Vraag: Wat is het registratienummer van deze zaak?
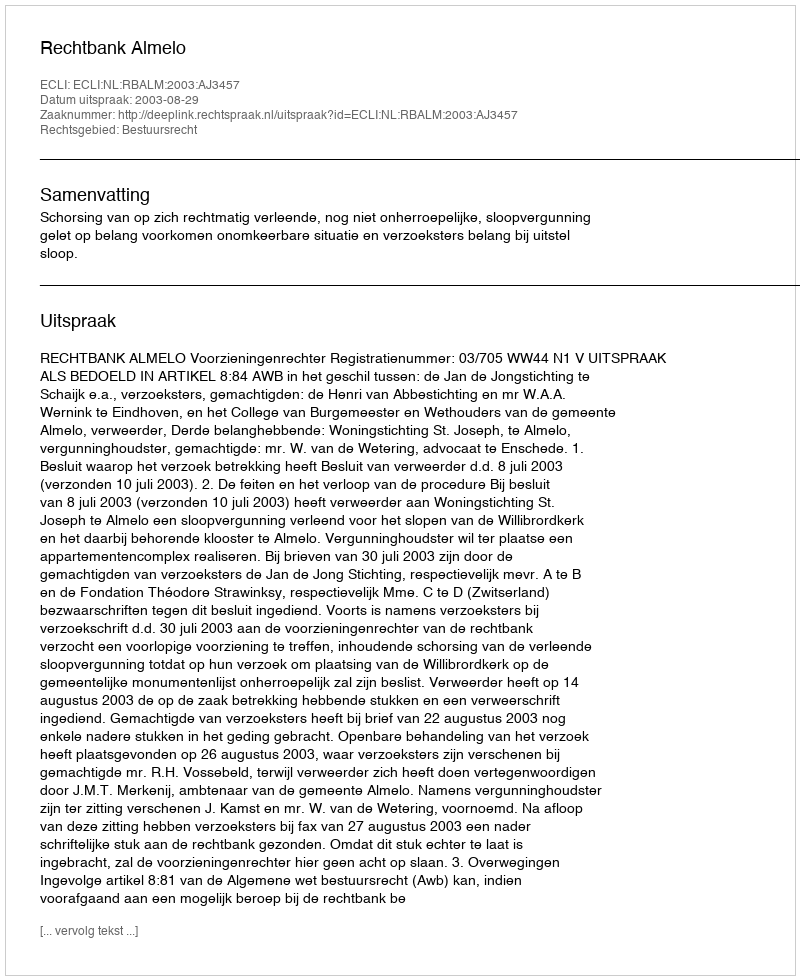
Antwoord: http://deeplink.rechtspraak.nl/uitspraak?id=ECLI:NL:RBALM:2003:AJ3457